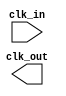
module clock_generator (
  input clk_in,
  output reg clk_out
);

always @ (posedge clk_in)
begin
  //Clock generation logic here
end

endmodule